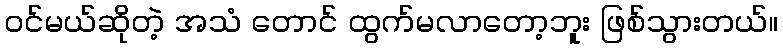
ဝင်မယ်ဆိုတဲ့ အသံ တောင် ထွက်မလာတော့ဘူး ဖြစ်သွားတယ်။